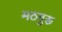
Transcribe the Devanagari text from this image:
मठगुरू